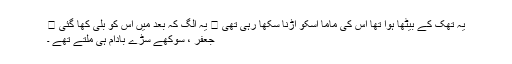
یہ تھک کے بیٹھا ہوا تھا اس کی ماما اسکو اڑنا سکھا رہی تھی 🙂 یہ الگ کہ بعد میں اس کو بلّی کھا گئی 😦
جعفر ، سوکھے سڑے بادام ہی ملتے تھے ۔